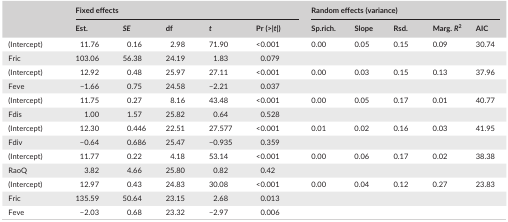
<table><thead><tr><td rowspan="2"></td><td colspan="5"><b>Fixed effects</b></td><td colspan="5"><b>Random effects (variance)</b></td></tr><tr><td><b>Est.</b></td><td><b><i>SE</i></b></td><td><b>df</b></td><td><b><i>t</i></b></td><td><b>Pr (&gt;|<i>t</i>|)</b></td><td><b>Sp.rich.</b></td><td><b>Slope</b></td><td><b>Rsd.</b></td><td><b>Marg. <i>R</i><sup>2</sup></b></td><td><b>AIC</b></td></tr></thead><tbody><tr><td>(Intercept)</td><td>11.76</td><td>0.16</td><td>2.98</td><td>71.90</td><td>&lt;0.001</td><td>0.00</td><td>0.05</td><td>0.15</td><td>0.09</td><td>30.74</td></tr><tr><td>Fric</td><td>103.06</td><td>56.38</td><td>24.19</td><td>1.83</td><td>0.079</td><td></td><td></td><td></td><td></td><td></td></tr><tr><td>(Intercept)</td><td>12.92</td><td>0.48</td><td>25.97</td><td>27.11</td><td>&lt;0.001</td><td>0.00</td><td>0.03</td><td>0.15</td><td>0.13</td><td>37.96</td></tr><tr><td>Feve</td><td>−1.66</td><td>0.75</td><td>24.58</td><td>−2.21</td><td>0.037</td><td></td><td></td><td></td><td></td><td></td></tr><tr><td>(Intercept)</td><td>11.75</td><td>0.27</td><td>8.16</td><td>43.48</td><td>&lt;0.001</td><td>0.00</td><td>0.05</td><td>0.17</td><td>0.01</td><td>40.77</td></tr><tr><td>Fdis</td><td>1.00</td><td>1.57</td><td>25.82</td><td>0.64</td><td>0.528</td><td></td><td></td><td></td><td></td><td></td></tr><tr><td>(Intercept)</td><td>12.30</td><td>0.446</td><td>22.51</td><td>27.577</td><td>&lt;0.001</td><td>0.01</td><td>0.02</td><td>0.16</td><td>0.03</td><td>41.95</td></tr><tr><td>Fdiv</td><td>−0.64</td><td>0.686</td><td>25.47</td><td>−0.935</td><td>0.359</td><td></td><td></td><td></td><td></td><td></td></tr><tr><td>(Intercept)</td><td>11.77</td><td>0.22</td><td>4.18</td><td>53.14</td><td>&lt;0.001</td><td>0.00</td><td>0.06</td><td>0.17</td><td>0.02</td><td>38.38</td></tr><tr><td>RaoQ</td><td>3.82</td><td>4.66</td><td>25.80</td><td>0.82</td><td>0.42</td><td></td><td></td><td></td><td></td><td></td></tr><tr><td>(Intercept)</td><td>12.97</td><td>0.43</td><td>24.83</td><td>30.08</td><td>&lt;0.001</td><td>0.00</td><td>0.04</td><td>0.12</td><td>0.27</td><td>23.83</td></tr><tr><td>Fric</td><td>135.59</td><td>50.64</td><td>23.15</td><td>2.68</td><td>0.013</td><td></td><td></td><td></td><td></td><td></td></tr><tr><td>Feve</td><td>−2.03</td><td>0.68</td><td>23.32</td><td>−2.97</td><td>0.006</td><td></td><td></td><td></td><td></td><td></td></tr></tbody></table>